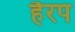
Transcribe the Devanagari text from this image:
हैरप